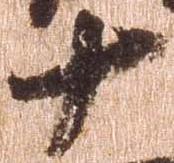
十